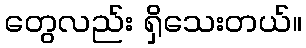
တွေလည်း ရှိသေးတယ်။